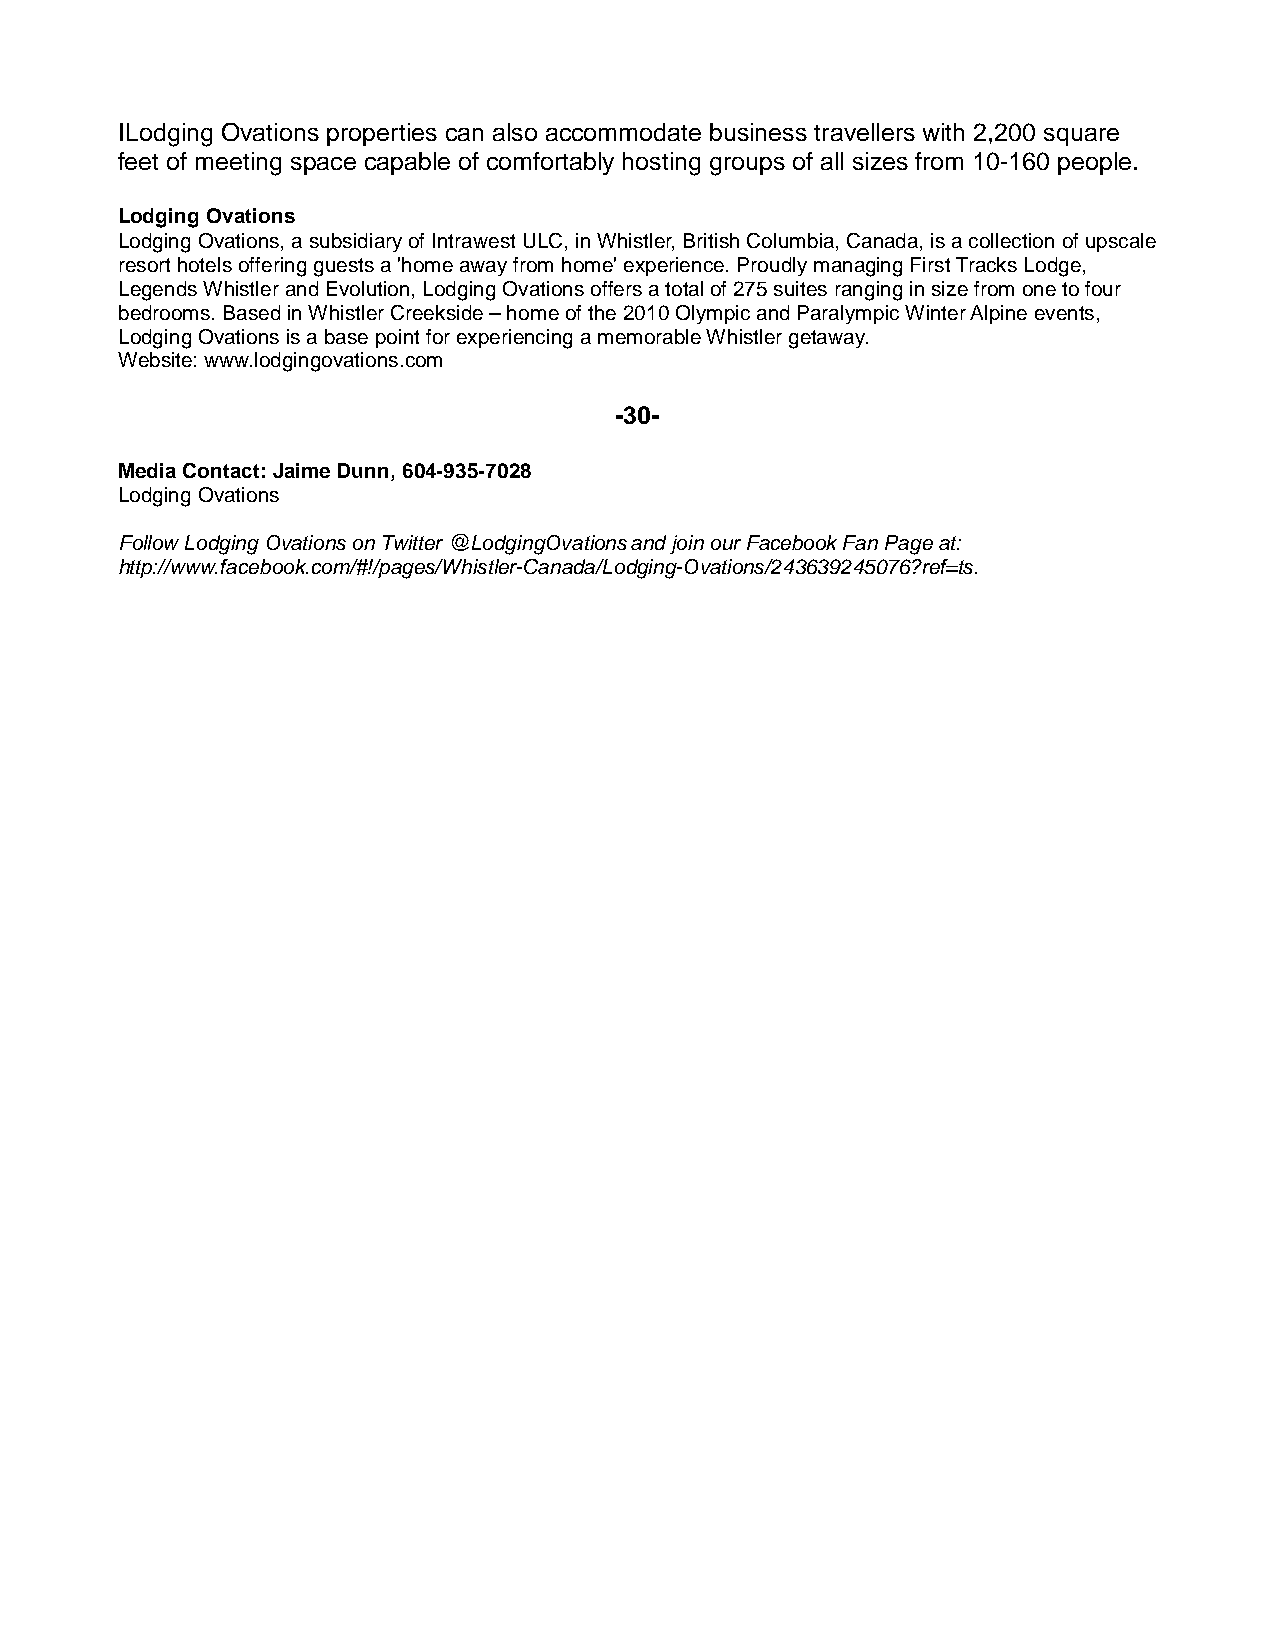
ILodging Ovations properties can also accommodate business travellers with 2,200 square
 feet of meeting space capable of comfortably hosting groups of all sizes from 10-160 people.
 Lodging Ovations
 Lodging Ovations, a subsidiary of Intrawest ULC, in Whistler, British Columbia, Canada, is a collection of upscale
 resort hotels offering guests a 'home away from home' experience. Proudly managing First Tracks Lodge,
 Legends Whistler and Evolution, Lodging Ovations offers a total of 275 suites ranging in size from one to four
 bedrooms. Based in Whistler Creekside – home of the 2010 Olympic and Paralympic Winter Alpine events,
 Lodging Ovations is a base point for experiencing a memorable Whistler getaway.
 Website: www.lodgingovations.com
 -30-
 Media Contact: Jaime Dunn, 604-935-7028
 Lodging Ovations
 Follow Lodging Ovations on Twitter @LodgingOvations and join our Facebook Fan Page at:
 http://www.facebook.com/#!/pages/Whistler-Canada/Lodging-Ovations/243639245076?ref=ts.